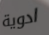
ادوية